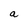
Character: a